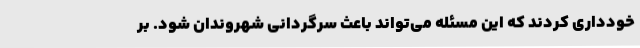
خودداری کردند که این مسئله می‌تواند باعث سرگردانی شهروندان شود. بر